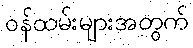
ဝန်ထမ်းများအတွက်